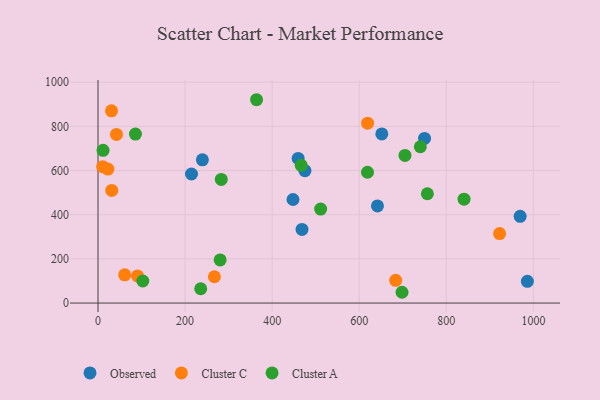
{"axis": {"x": "Study Hours", "y": "Yield"}, "legend": ["Cluster A", "Cluster C", "Observed"], "data": [{"x": "468.5", "y": 333.4, "type": "Observed"}, {"x": "239.7", "y": 648.7, "type": "Observed"}, {"x": "969.5", "y": 392.8, "type": "Observed"}, {"x": "475.3", "y": 599.3, "type": "Observed"}, {"x": "986.1", "y": 98.2, "type": "Observed"}, {"x": "214.7", "y": 584.3, "type": "Observed"}, {"x": "651.8", "y": 765.7, "type": "Observed"}, {"x": "641.8", "y": 439.7, "type": "Observed"}, {"x": "749.9", "y": 745.5, "type": "Observed"}, {"x": "459.6", "y": 654.8, "type": "Observed"}, {"x": "447.8", "y": 468.8, "type": "Observed"}, {"x": "10.6", "y": 617.7, "type": "Cluster C"}, {"x": "61.3", "y": 127.9, "type": "Cluster C"}, {"x": "42.4", "y": 763.7, "type": "Cluster C"}, {"x": "31.0", "y": 870.4, "type": "Cluster C"}, {"x": "22.7", "y": 606.7, "type": "Cluster C"}, {"x": "683.6", "y": 103.1, "type": "Cluster C"}, {"x": "267.3", "y": 119.2, "type": "Cluster C"}, {"x": "619.1", "y": 814.6, "type": "Cluster C"}, {"x": "90.6", "y": 122.8, "type": "Cluster C"}, {"x": "922.3", "y": 314.5, "type": "Cluster C"}, {"x": "31.6", "y": 509.9, "type": "Cluster C"}, {"x": "283.1", "y": 559.7, "type": "Cluster A"}, {"x": "102.9", "y": 99.9, "type": "Cluster A"}, {"x": "86.0", "y": 765.2, "type": "Cluster A"}, {"x": "705.0", "y": 668.7, "type": "Cluster A"}, {"x": "618.9", "y": 592.2, "type": "Cluster A"}, {"x": "511.3", "y": 425.5, "type": "Cluster A"}, {"x": "740.3", "y": 707.7, "type": "Cluster A"}, {"x": "364.1", "y": 920.7, "type": "Cluster A"}, {"x": "756.4", "y": 494.9, "type": "Cluster A"}, {"x": "466.7", "y": 623.6, "type": "Cluster A"}, {"x": "235.9", "y": 64.8, "type": "Cluster A"}, {"x": "11.6", "y": 691.4, "type": "Cluster A"}, {"x": "698.2", "y": 48.8, "type": "Cluster A"}, {"x": "840.6", "y": 470.2, "type": "Cluster A"}, {"x": "280.5", "y": 195.1, "type": "Cluster A"}]}